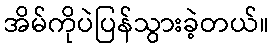
အိမ်ကိုပဲပြန်သွားခဲ့တယ်။